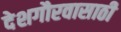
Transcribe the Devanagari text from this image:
देशगौरवासाठी